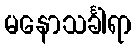
မနောသင်္ခါရာ